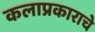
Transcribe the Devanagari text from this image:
कलाप्रकाराचे